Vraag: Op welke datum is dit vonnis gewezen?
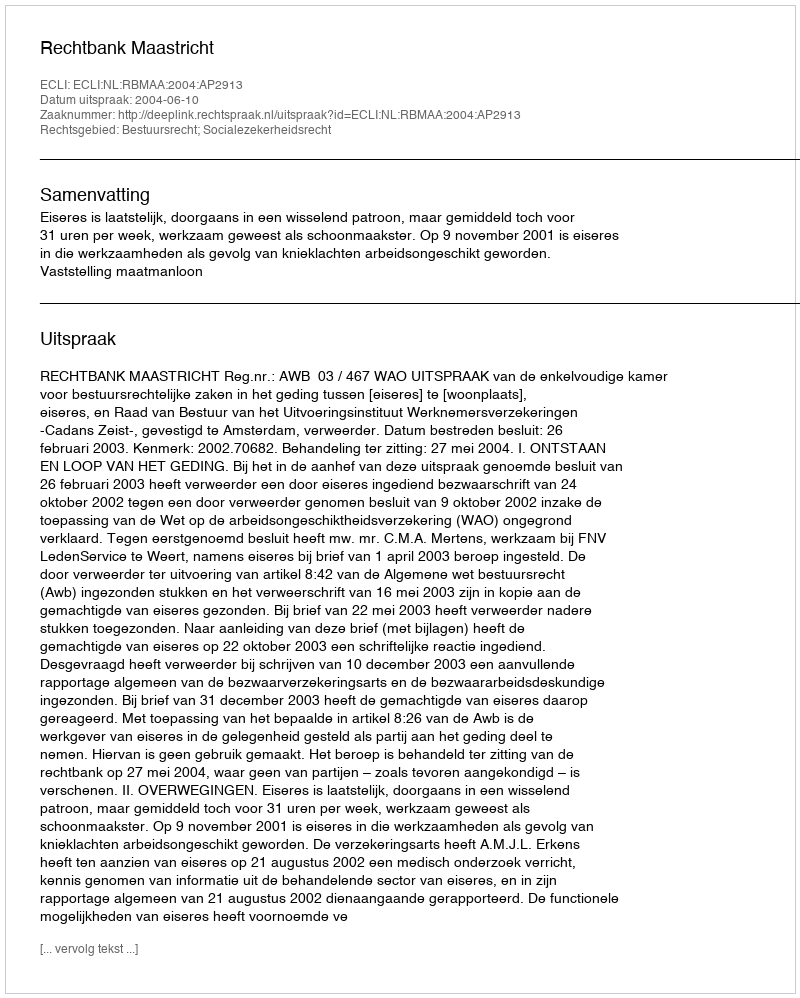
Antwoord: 2004-06-10